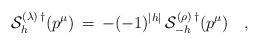
LaTeX: \begin{align*}{\cal S}^{(\lambda)\,\dagger}_h(p^\mu)\,=\,-(-1)^{|h|}\,{\cal S}^{(\rho)\,\dagger}_{-h}(p^\mu)\quad,\end{align*}